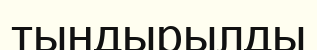
тындырылды